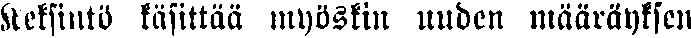
Keksintö käsittää myöskin uuden määräyksen